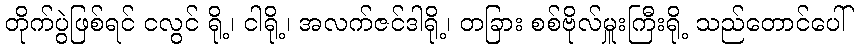
တိုက်ပွဲဖြစ်ရင် ငလွင် ရို့၊ ငါရို့၊ အလက်ဇင်ဒါရို့၊ တခြား စစ်ဗိုလ်မှူးကြီးရို့ သည်တောင်ပေါ်